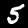
Label: 5